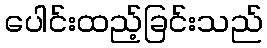
ပေါင်းထည့်ခြင်းသည်